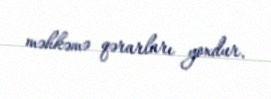
məhkəmə qərarları yoxdur.